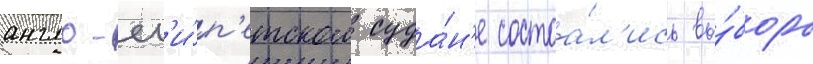
англо-ег'и́п'етском суда́н'е состоа́л'ись вы́боры